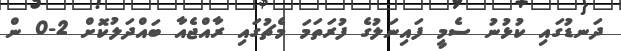
ދަނޑުގައި ކުޅުނު ސެމީ ފައިނަލުގެ ފުރަތަމަ މެޗުގައި ރާއްޖެއާ ބައްދަލުކޮށް 2-0 ން